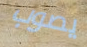
يصوب